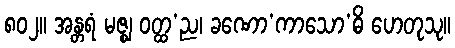
၈၀၂။ အန္တရံ မဇ္ဈ ဝတ္ထ’ည၊ ခဏော’ကာသော’ဓိ ဟေတုသု။